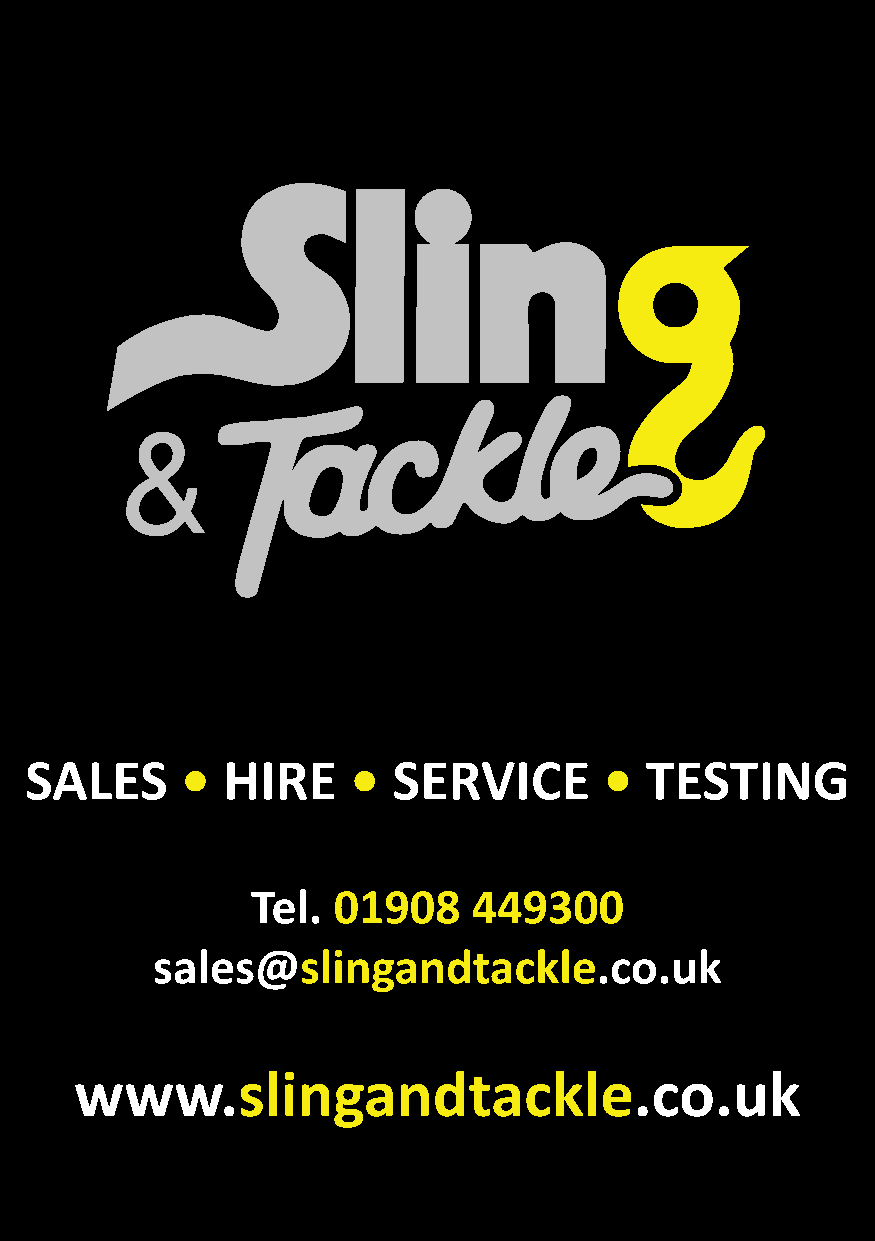
SALES     •  HIRE    •  SERVICE       •  TESTING
 Tel. 01908    449300
 sales@slingandtackle.co.uk
 www.slingandtackle.co.uk